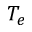
T _ { e }